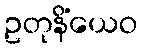
ဥတုနိံယေဝ